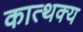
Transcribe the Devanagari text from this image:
कात्थक्य